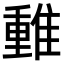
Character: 𨿿